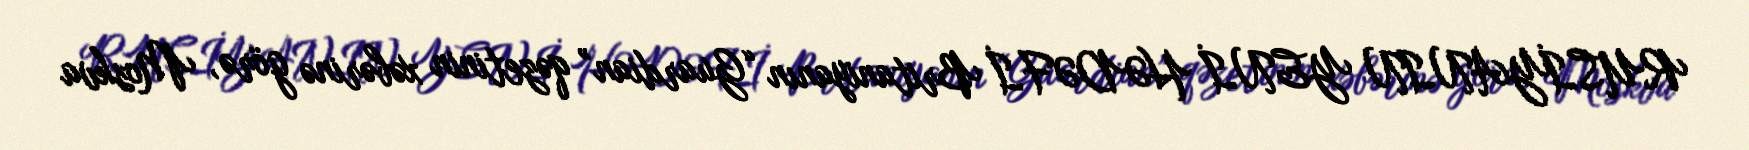
RUSİYANIN YENİ HƏDƏFİ Britaniyanın “Guardian” qəzetinin xəbərinə görə, Moskva